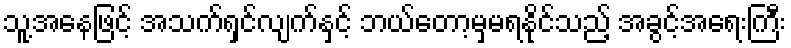
သူ့အနေဖြင့် အသက်ရှင်လျက်နှင့် ဘယ်တော့မှမရနိုင်သည့် အခွင့်အရေးကြီး